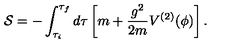
{ \cal S } = - \int _ { \tau _ { i } } ^ { \tau _ { f } } d \tau \left[ m + \frac { g ^ { 2 } } { 2 m } V ^ { ( 2 ) } ( \phi ) \right] .